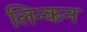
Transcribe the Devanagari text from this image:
लिन्कन